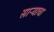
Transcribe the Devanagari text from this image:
साऱ्याचा